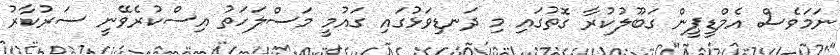
ނަމަވެސް އެމްޑީޕީން ގަބޫލުކުރާ ގޮތުގައި މި ދަނޑިވަޅުގައި ގައުމީ މަސްލަހަތު އިސްކުރެވޭނީ ސަރުކާރު